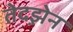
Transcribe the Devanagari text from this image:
तेदझ़ेन